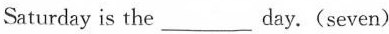
Saturday is the___day.(seven)